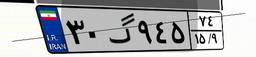
۲۵گ۹۷۵۶۹